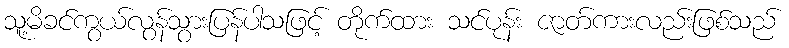
သူ့မိခင်ကွယ်လွန်သွားပြန်ပါသဖြင့် တိုက်ထား သင်ပုန်း ဇာတ်ကားလည်းဖြစ်သည်